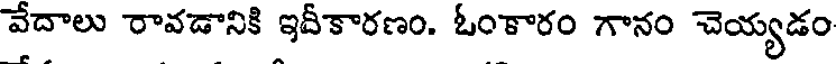
వేదాలు రావడానికి ఇదీకారణం. ఓంకారం గానం చెయ్యడం